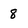
Character: 8